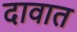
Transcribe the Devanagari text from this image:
दावात